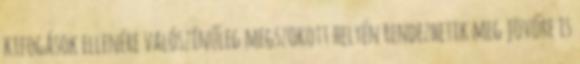
kifogások ellenére valószínűleg megszokott helyén rendezhetik meg jövőre is